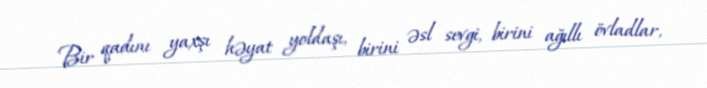
Bir qadını yaxşı həyat yoldaşı, birini əsl sevgi, birini ağıllı övladlar,